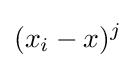
(x_{i}-x)^{j}